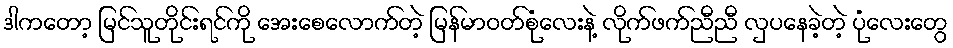
ဒါကတော့ မြင်သူတိုင်းရင်ကို အေးစေလောက်တဲ့ မြန်မာဝတ်စုံလေးနဲ့ လိုက်ဖက်ညီညီ လှပနေခဲ့တဲ့ ပုံလေးတွေ